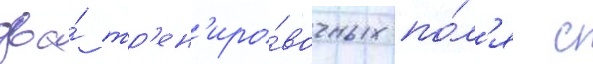
два́ тр'ен'иро́вочных по́л'я с